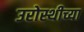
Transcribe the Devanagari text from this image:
उरोस्थीच्या